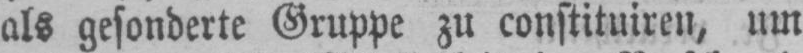
als gesonderte Gruppe zu constituiren, um